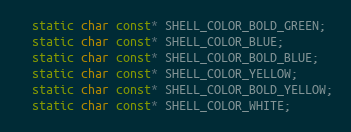
Language: C
  static char const* SHELL_COLOR_BOLD_GREEN;
  static char const* SHELL_COLOR_BLUE;
  static char const* SHELL_COLOR_BOLD_BLUE;
  static char const* SHELL_COLOR_YELLOW;
  static char const* SHELL_COLOR_BOLD_YELLOW;
  static char const* SHELL_COLOR_WHITE;